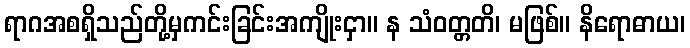
ရာဂအစရှိသည်တို့မှကင်းခြင်းအကျိုးငှာ။ န သံဝတ္တတိ၊ မဖြစ်။ နိရောဓာယ၊